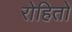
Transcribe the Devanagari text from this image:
रोहितो